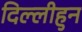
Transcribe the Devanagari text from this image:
दिल्लीहुन